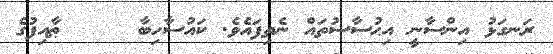
ރަނގަޅު އިންސާނީ އިޙުސާސުތައް ނެތިފައެވެ. ކައުސާހިބާ     ޠާއިފުގެ